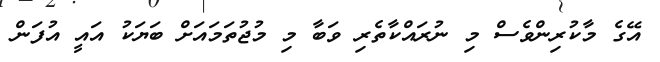
އޭގެ މާކުރިންވެސް މި ނުރައްކާތެރި ވަބާ މި މުޖުތަމައަށް ބަޔަކު އައީ އުފަން